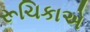
રૂચિકાએ